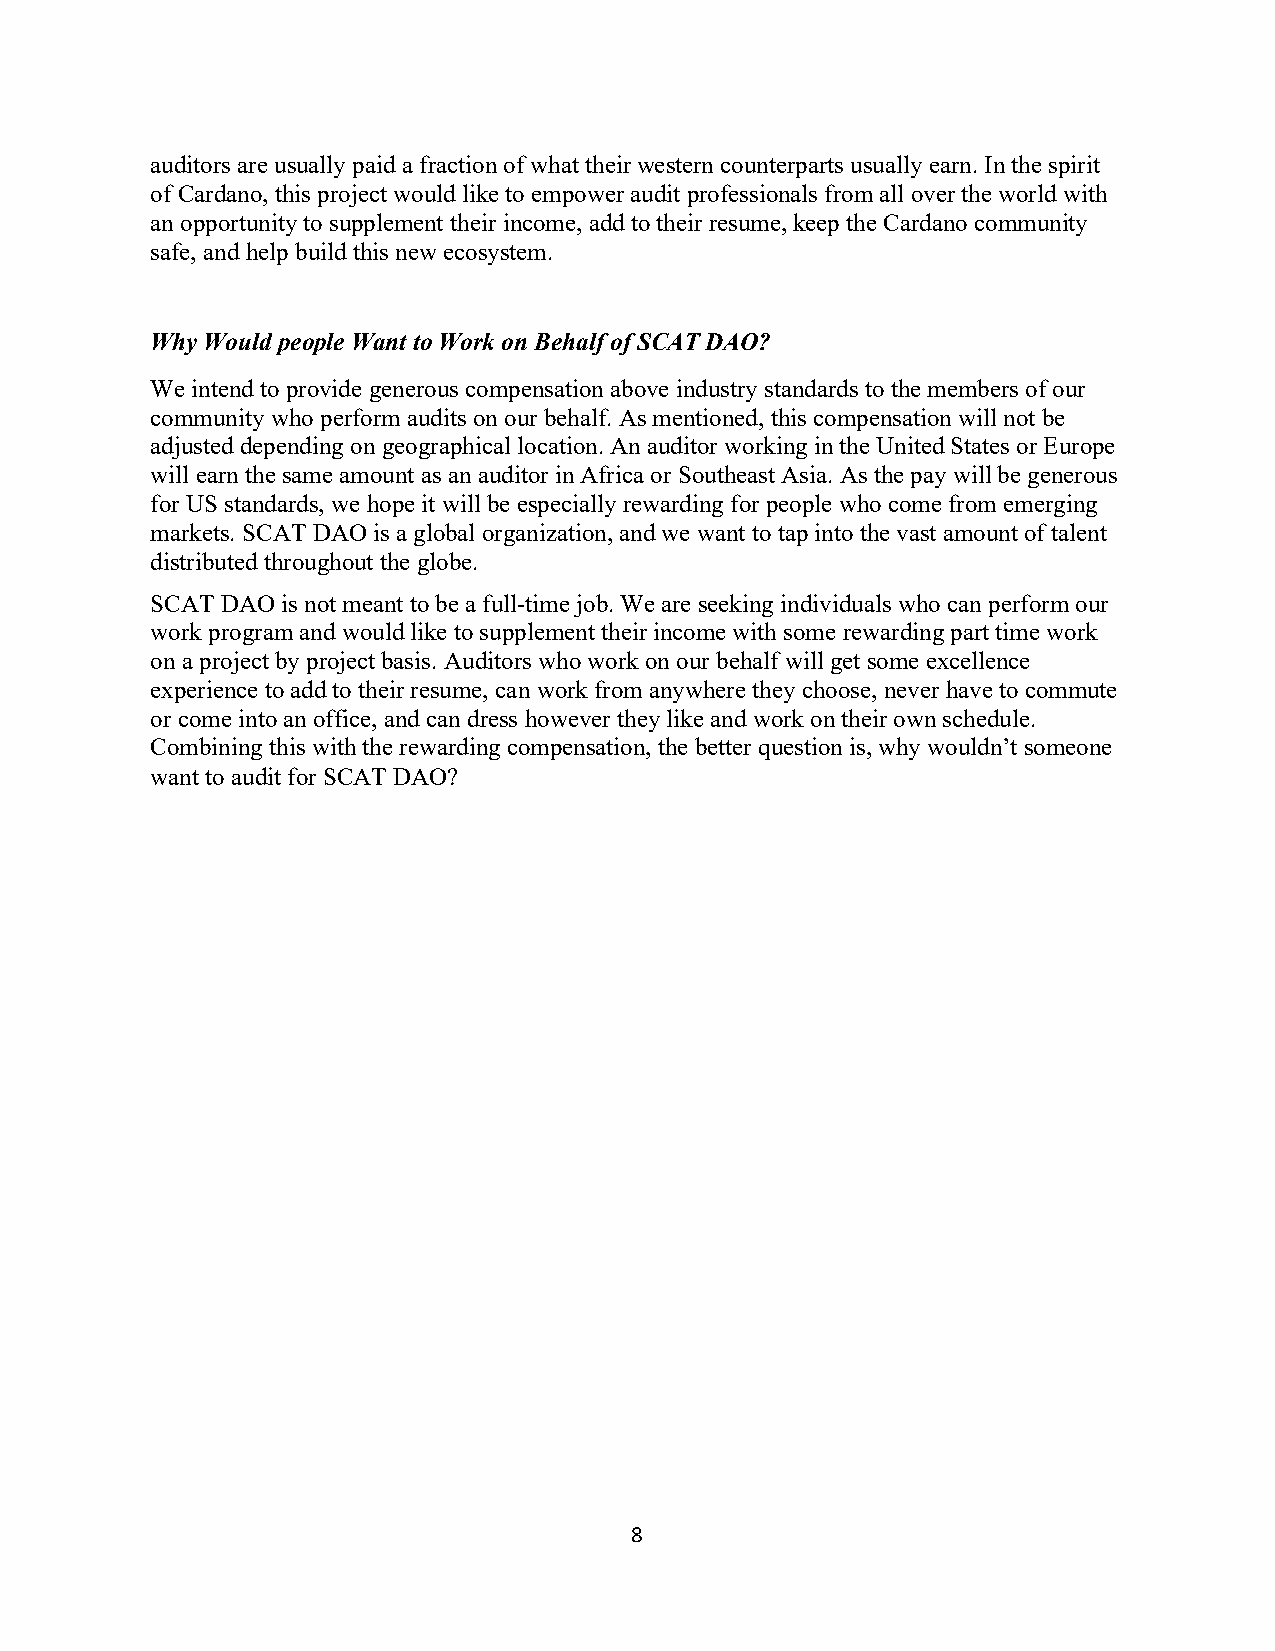
auditors are usually paid a fraction of what their western counterparts usually earn. In the spirit
 of Cardano, this project would like to empower audit professionals from all over the world with
 an opportunity to supplement their income, add to their resume, keep the Cardano community
 safe, and help build this new ecosystem.
 Why Would people Want to Work on Behalf of SCAT DAO?
 We intend to provide generous compensation above industry standards to the members of our
 community who perform audits on our behalf. As mentioned, this compensation will not be
 adjusted depending on geographical location. An auditor working in the United States or Europe
 will earn the same amount as an auditor in Africa or Southeast Asia. As the pay will be generous
 for US standards, we hope it will be especially rewarding for people who come from emerging
 markets. SCAT DAO is a global organization, and we want to tap into the vast amount of talent
 distributed throughout the globe.
 SCAT DAO is not meant to be a full-time job. We are seeking individuals who can perform our
 work program and would like to supplement their income with some rewarding part time work
 on a project by project basis. Auditors who work on our behalf will get some excellence
 experience to add to their resume, can work from anywhere they choose, never have to commute
 or come into an office, and can dress however they like and work on their own schedule.
 Combining this with the rewarding compensation, the better question is, why wouldn’t someone
 want to audit for SCAT DAO?
 8